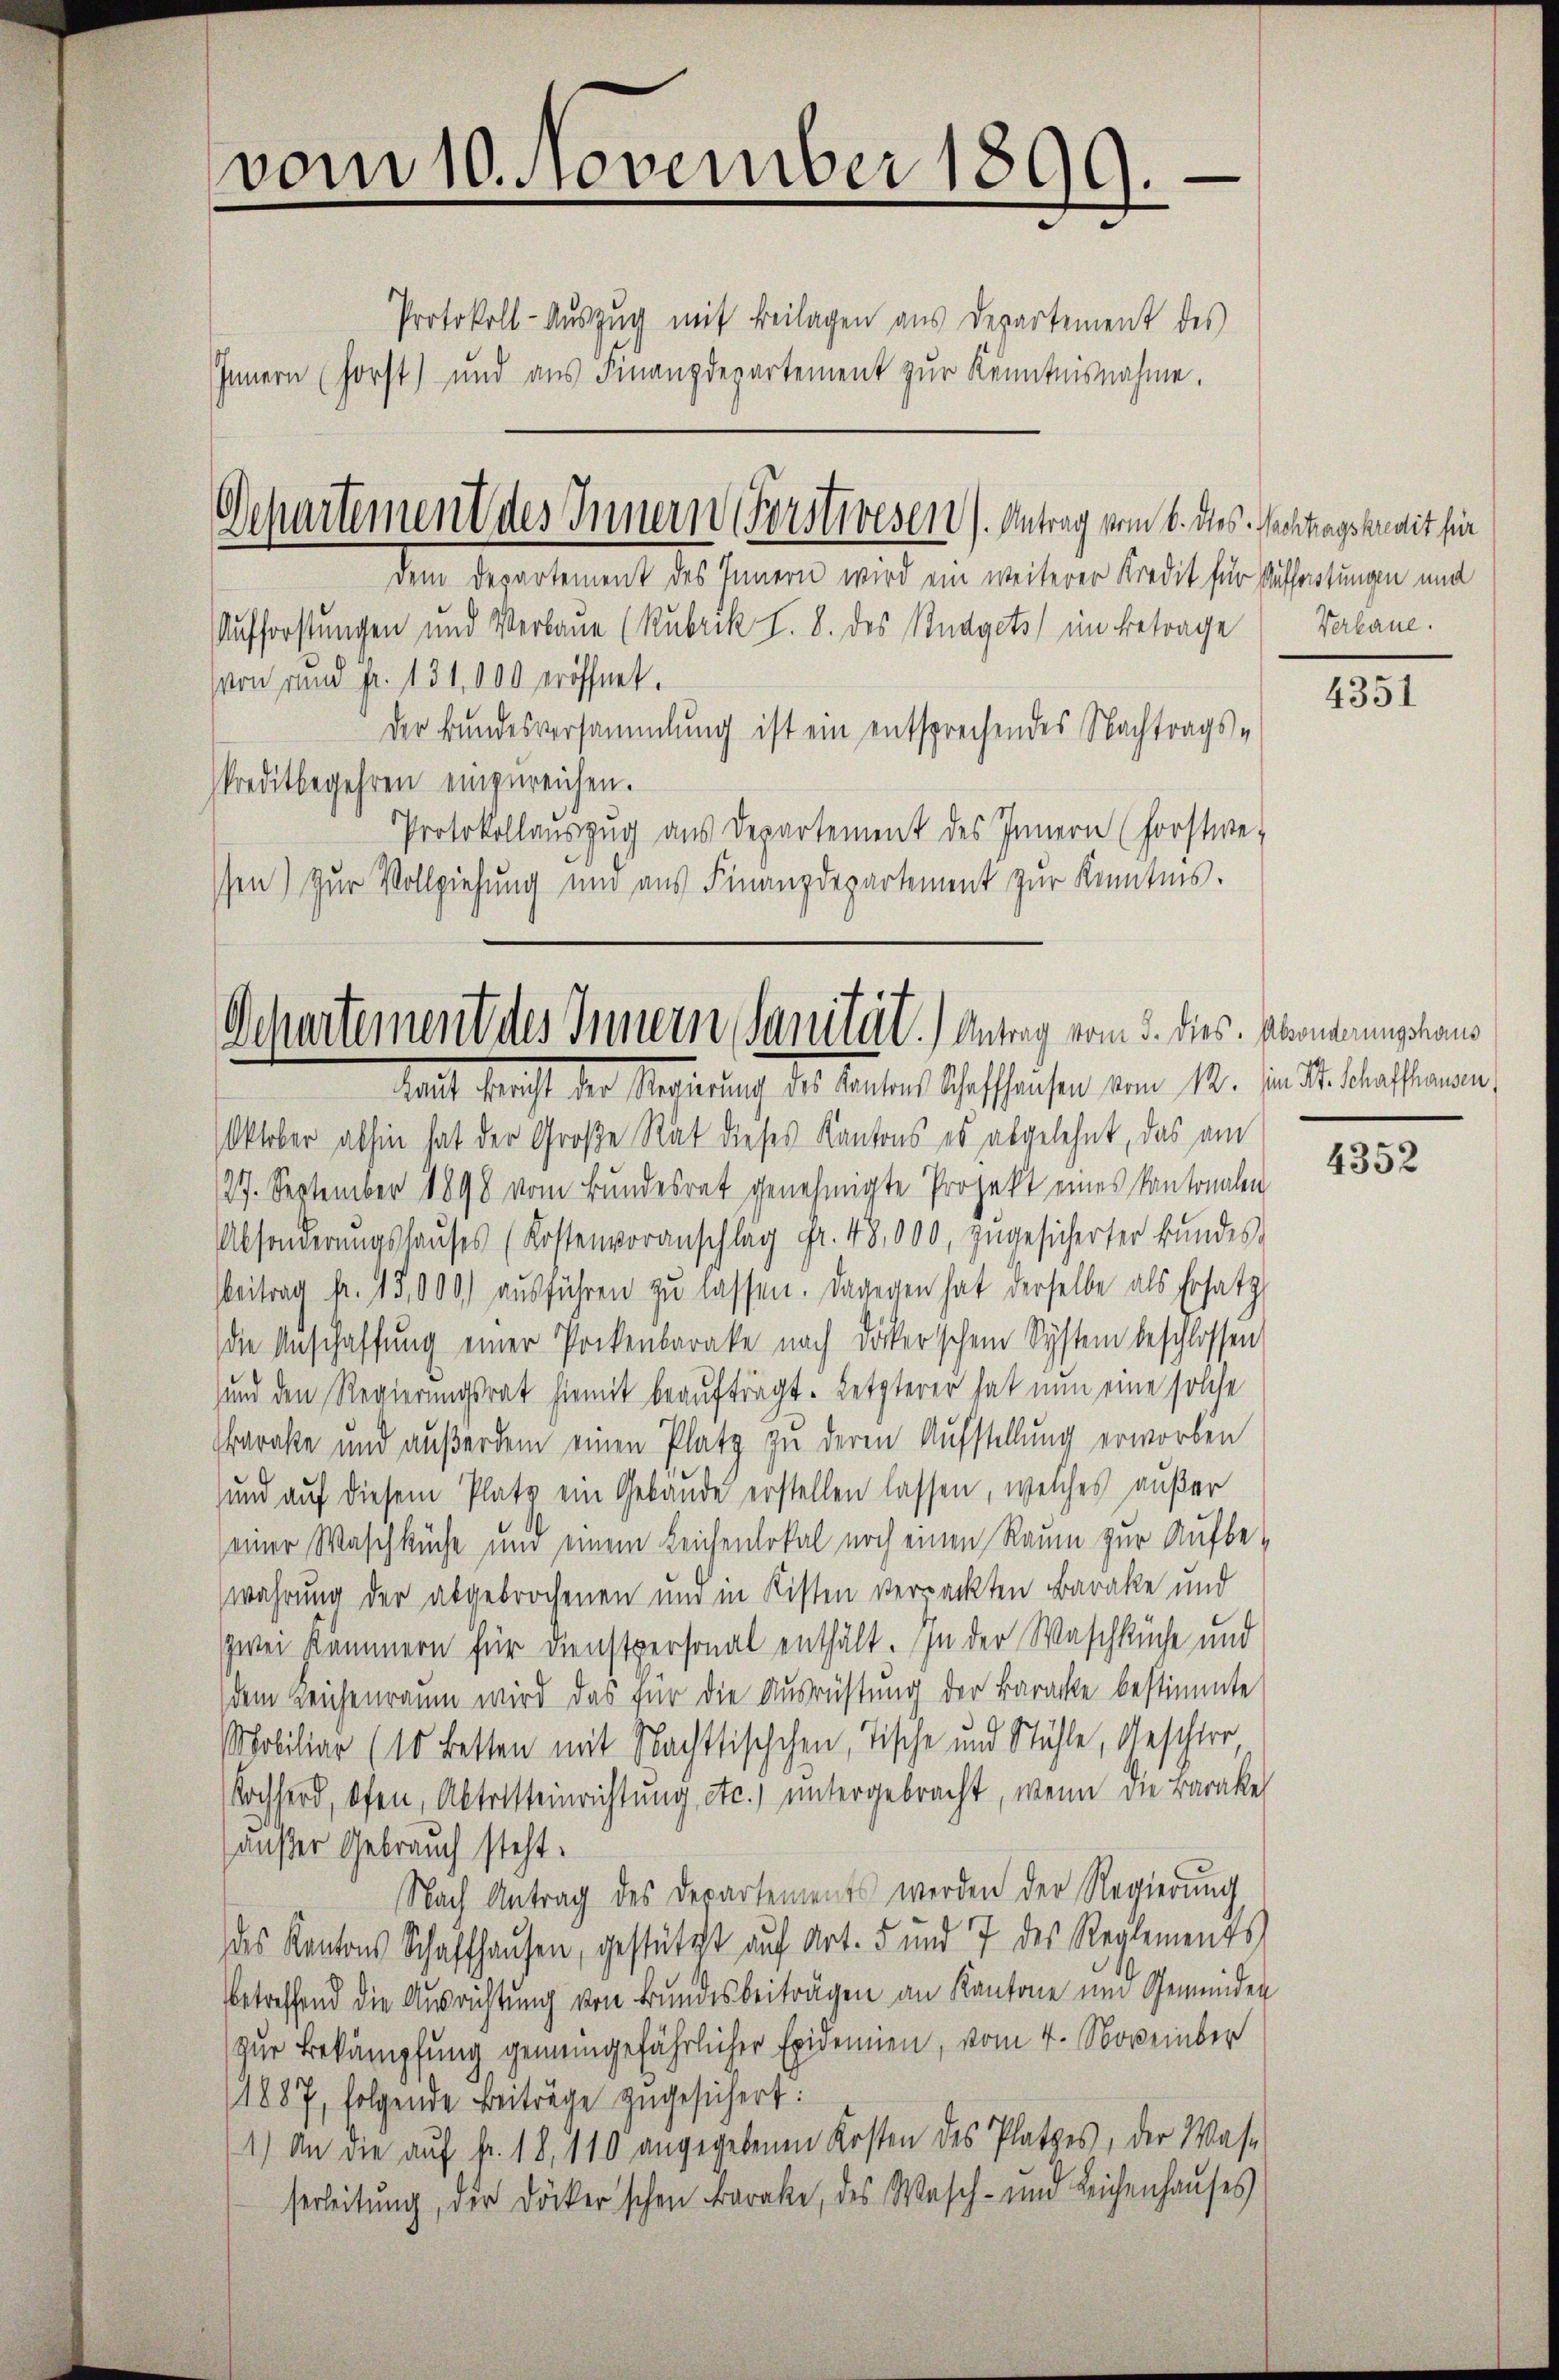
vom 10. November 1899.
Protokoll-Auszug mit Beilagen aus Departement des
Innern (forst) und aus Finanzdepartement zŭr Kenntnisnahme.

Departement des Innern Forsteresen). Antrag vom 6. des Nachtragskrait für

dem Segestament sie kamen wird ein weiterer Stadt sie sehentingen und
Aufforstungen und Verbaue (Rubrik S. 8. des Budgets im Betrage Valane.
von rund Fr. 131,000 eröffnet.
Der Bundesversammlung ist ein entsprechendes Nachtrags-
kreditbegehren einzureichen.
Protokollauszug aus Departement des Innern (forstwe-
ssen) zur Vollziehung und aus Finanzdepartement zur Kenntnis.

Schurtement des Innern Sanität.) Antrag vom 5. dies. Armenungenans
talt, sonst der Meinung des Lentner Oefflichen vom 12. d. M. Wassenen

Oktober abhin hat der Große Rat dieses Kantons es abgelehnt, das am
127. September 1898 vom Bundesrat genehmigte Projekt eines Kantonalen
Absonderŭngshaŭses (Kostenvoranschlag Fr. 48,000. zŭgesicherter Bŭndes-
Beitrag fr. 15,000) ausführen zu lassen. Dagegen hat derselbe als Ersatz
die Anschaffung einer Pockenbaracke nach Dickerschein System beschlossen
und den Regierungsrat hiemit beaufträgt. Letzterer hat nun eine solche
Baraße und außerdem einen Platz zu deren Aufstellung erworben
und auf diesem Platz ein Gebäude erstellen lassen, welches außer
einer Waschküche und einem Leichenlokal noch einen Raum zur Aufbe-
wahrung der abgebrochenen und in Kisten verpackten Barake und
zwei Kämmern für Dienstpersonal enthält. In der Waschküche und
dem Leichenraum wird das für die Ausrüstung der Baracke bestimmte
Mobiliar (10 Betten mit Nachttischchen, Tische und Stühle, Geschler,
Kochherd, pfen, Abtritteinrichtung etc.) untergebracht, wenn die Barake
häuser Gebrauch steht.
Nach Antrag des Departements werden der Regierung
des Kantons Schaffhausen, gestützt auf Art. 5 und 7 des Reglements
betreffend die Ausrichtung von Bundesbeiträgen an Kantone und Gemeinden
zur Bekämpfung gemeingefährlicher Epidemien, vom 4. November
1887, folgende Beiträge zugesichert:
1.) An die aŭf fr. 18, 110 angegebenen Kosten des Platzes, der Wass
serleitung, der Döckerschen Farake, des Wasch- und Leichenhaŭses

4351

4352